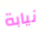
نيابة